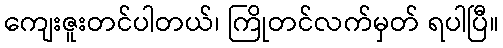
ကျေးဇူးတင်ပါတယ်၊ ကြိုတင်လက်မှတ် ရပါပြီ။